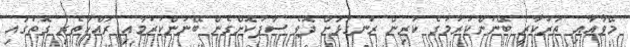
މޭވާއާއި ތަރުކާރީ ބޭނުންކުރުމުގެ ކުރިން ރަނގަޅަށް ދޮވެ ސާފުކޮށްގެން ބޭނުންކުރުމާއި ރައްކާތެރި ގޮތުގައި